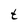
Character: t